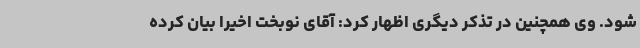
شود. وی همچنین در تذکر دیگری اظهار کرد: آقای نوبخت اخیرا بیان کرده